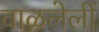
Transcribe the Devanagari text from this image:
वाळलेलीं